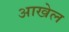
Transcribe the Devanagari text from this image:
आखेल